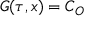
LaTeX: { \cal G } ( \tau , x ) = C _ { \cal { O } }